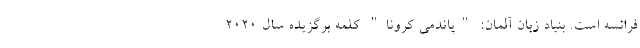
فرانسه است. بنیاد زبان آلمان: "پاندمی کرونا" کلمه برگزیده سال ۲۰۲۰